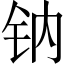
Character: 钠